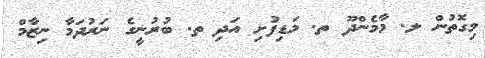
މިގޮތުން ލ. މާމެންދޫ ތ. މަޑިފުށި އަދި ތ. ބުރުނީގެ ނަރުދަމާ ނިޒާމް